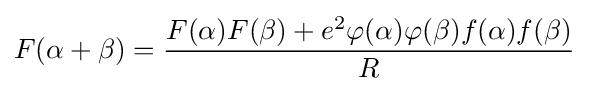
F(\alpha +\beta )={\frac {F(\alpha )F(\beta )+e^{2}\varphi (\alpha )\varphi (\beta )f(\alpha )f(\beta )}{R}}